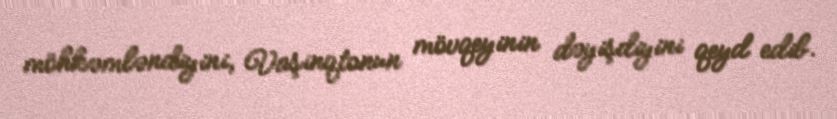
möhkəmləndiyini, Vaşinqtonun mövqeyinin dəyişdiyini qeyd edib.